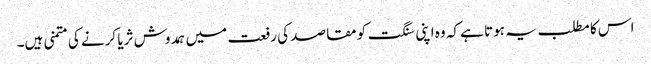
اس کا مطلب یہ ہوتا ہے کہ وہ اپنی سنگت کو مقاصد کی رفعت میں ہمدوش ثریا کرنے کی متمنی ہیں۔